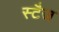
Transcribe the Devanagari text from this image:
स्टैज